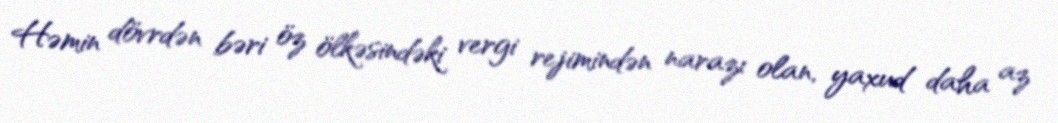
Həmin dövrdən bəri öz ölkəsindəki vergi rejimindən narazı olan, yaxud daha az